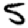
Digit: 5